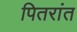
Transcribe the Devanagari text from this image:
पितरांत